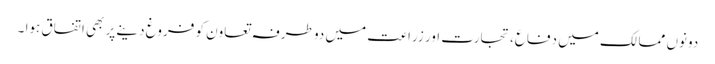
دونوں ممالک میں دفاع، تجارت اور زراعت میں دو طرفہ تعاون کو فروغ دینے پر بھی اتفاق ہوا ۔